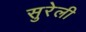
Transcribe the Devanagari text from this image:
सुरेली